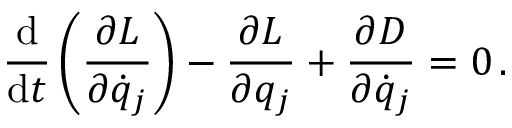
{ \frac { \mathrm { d } } { \mathrm { d } t } } \left( { \frac { \partial L } { \partial { \dot { q } } _ { j } } } \right) - { \frac { \partial L } { \partial q _ { j } } } + { \frac { \partial D } { \partial { \dot { q } } _ { j } } } = 0 \, .